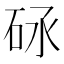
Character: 𥑝